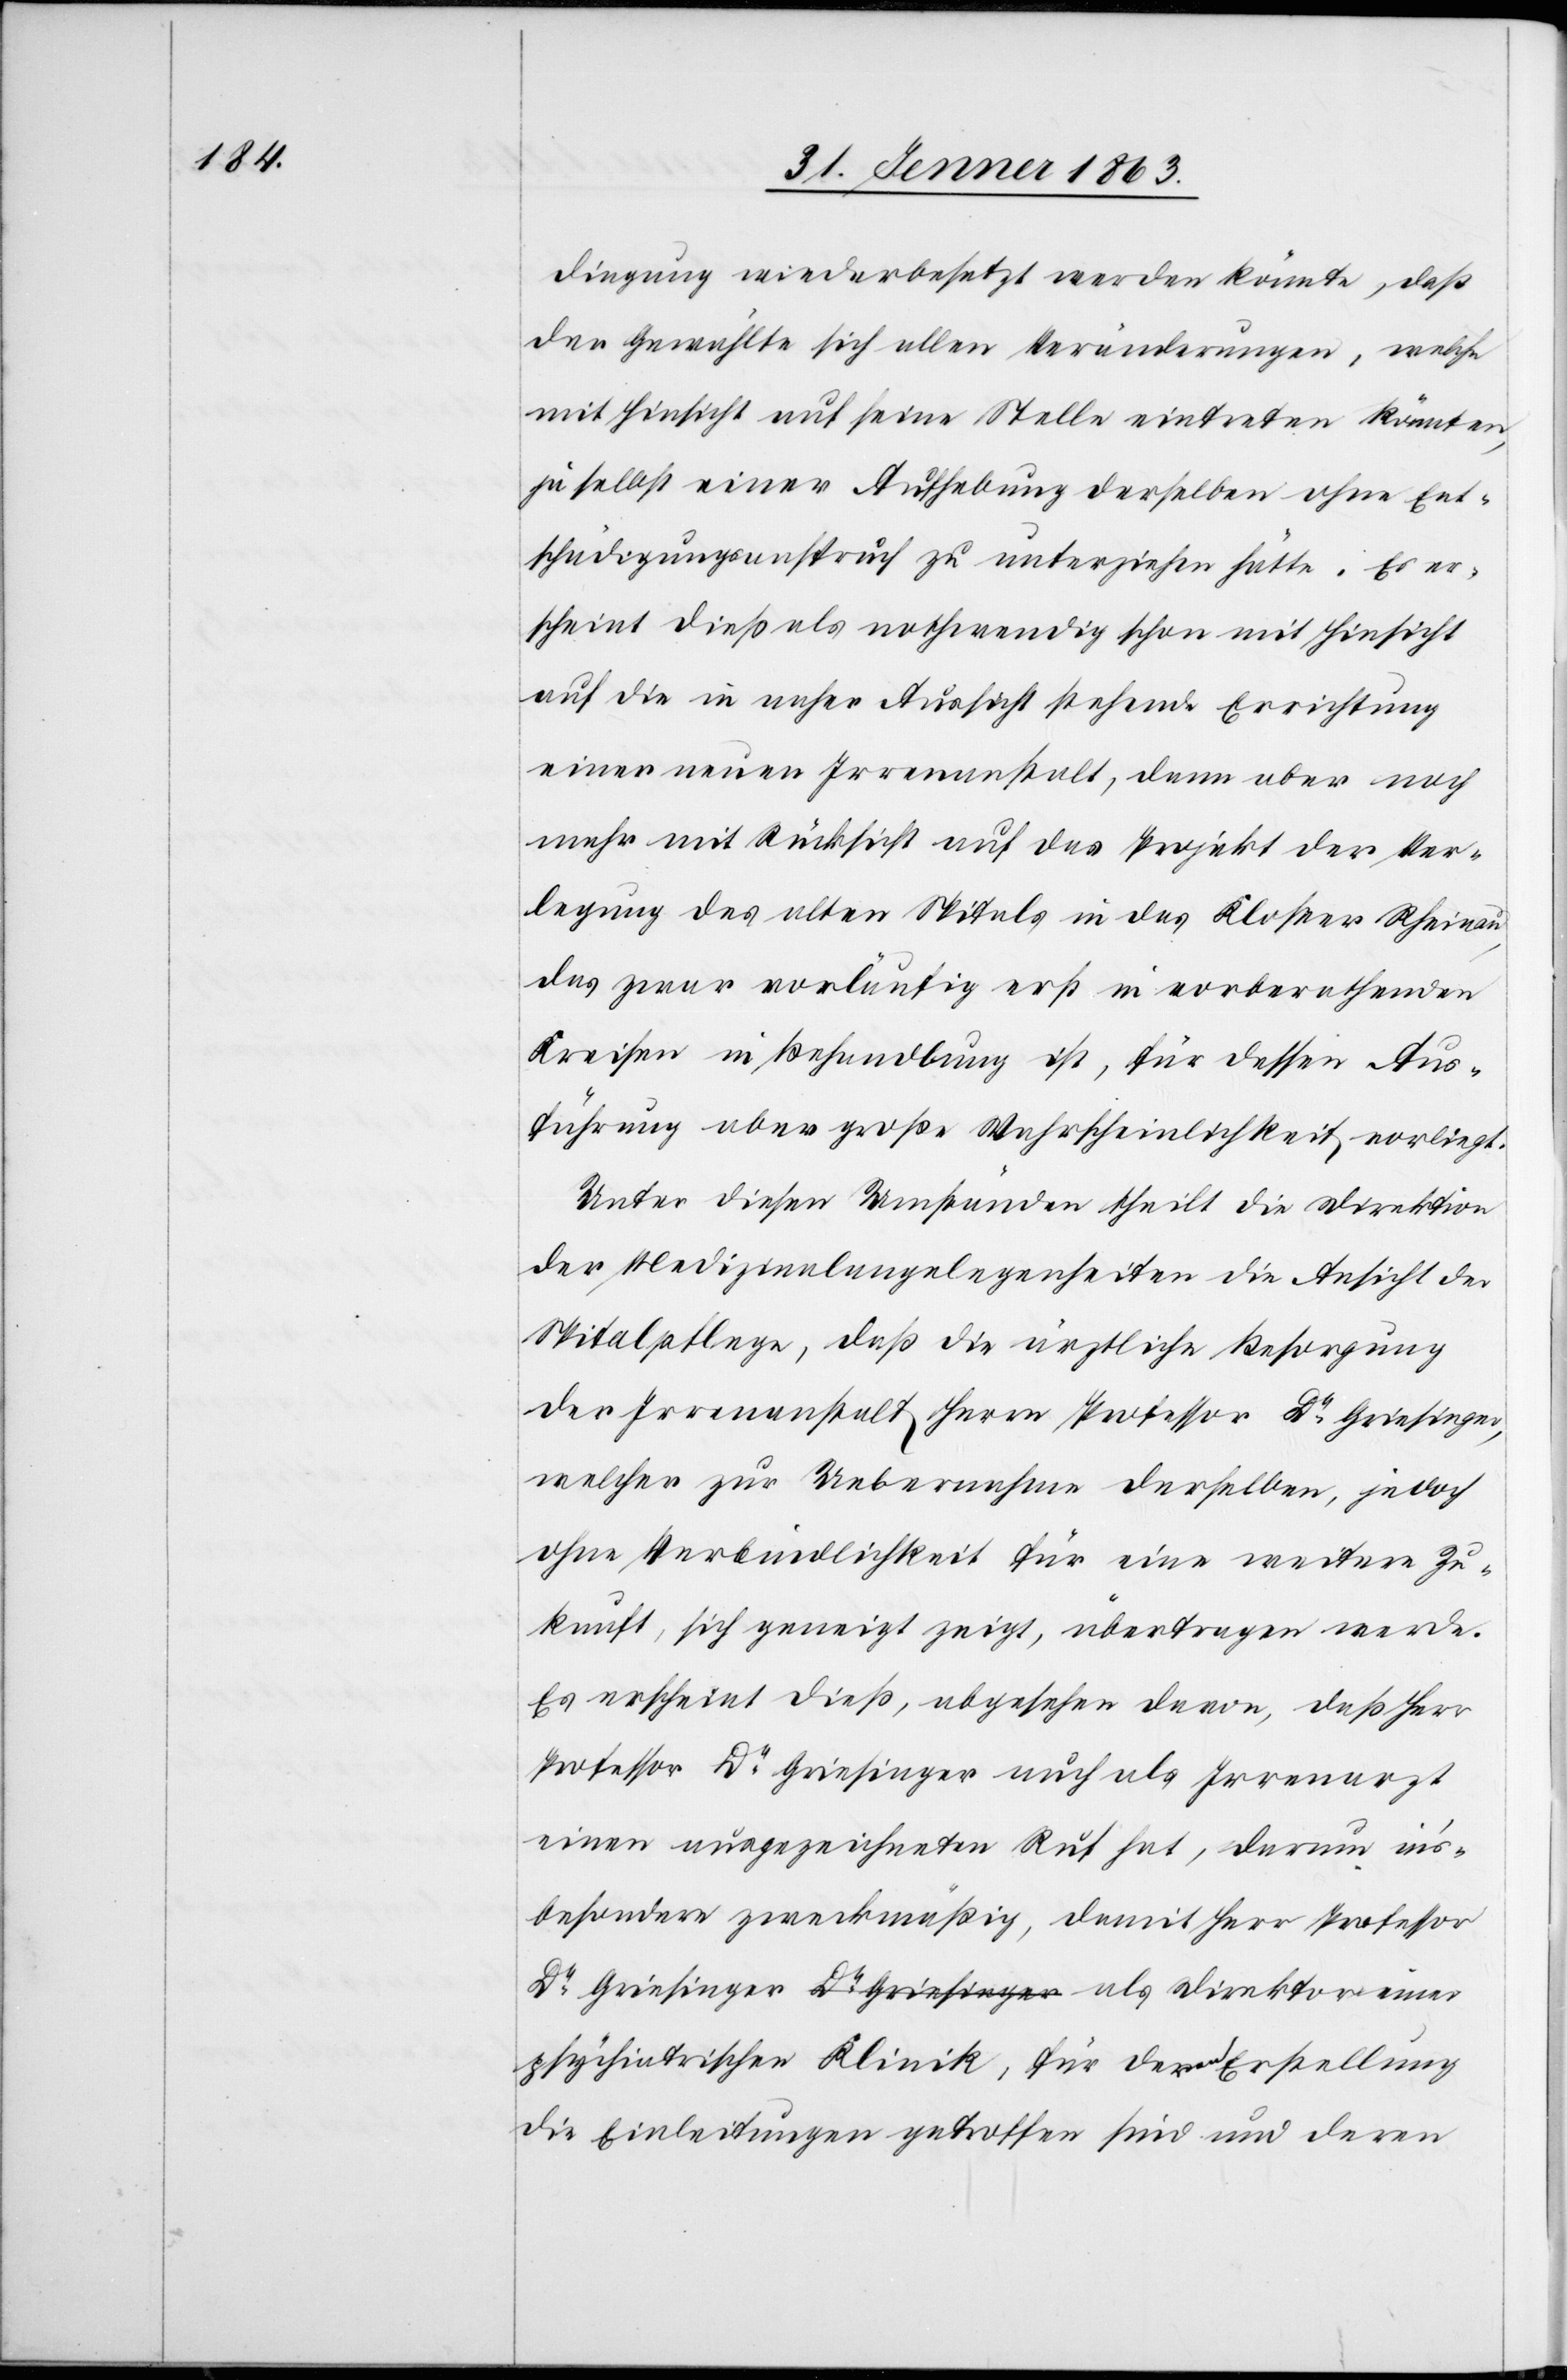
dingung wiederbesetzt werden könnte, daß
der Gewählte sich allen Veränderungen, welche
mit Hinsicht auf seine Stelle eintreten könnten,
ja selbst einer Aufhebung derselben ohne Ent¬
schädigungsanspruch zu unterziehen hätte. Es er¬
schient dieß als nothwendig schon mit Hinsicht
auf die in naher Aussicht stehende Errichtung
einer neuen Irrenanstalt, denn aber noch
mehr mit Rücksicht auf das Projekt der Ver¬
legung des alten Spitals in das Kloster Rheinau,
das zwar vorläufig erst in vorberathenden
Kreisen in Behandlung ist, für dessen Aus¬
führung aber große Wahrscheinlichkeit vorliegt.
Unter diesen Umständen theilt die Direktion
der Medizinalangelegenheiten die Ansicht der
Spitalpflege, daß die ärztliche Besorgung
der Irrenanstalt Herrn Professor Dr Griesinger,
welcher zur Uebernahme derselben, jedoch
ohne Verbindlichkeit für eine weitere Zu¬
kunft, sich geneigt zeigt, übertragen werde.
Es erscheint dieß, abgesehen davon, daß Herr
Professor Dr Griesinger auch als Irrenarzt
einen ausgezeichneten Ruf hat, darum in's¬
besondere zweckmäßig, damit Herr Professor
psychiatrischen Klinik, für deren Erstellung
die Einleitungen getroffen sind und deren